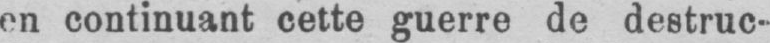
en continuant cette guerre de destruc-